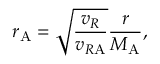
r _ { \mathrm { A } } = \sqrt { \frac { v _ { R } } { v _ { R \mathrm { A } } } } { \frac { r } { M _ { \mathrm { A } } } } ,